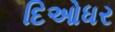
દિઓધર